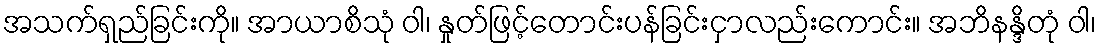
အသက်ရှည်ခြင်းကို။ အာယာစိသုံ ဝါ၊ နှုတ်ဖြင့်တောင်းပန်ခြင်းငှာလည်းကောင်း။ အဘိနန္ဒိတုံ ဝါ၊